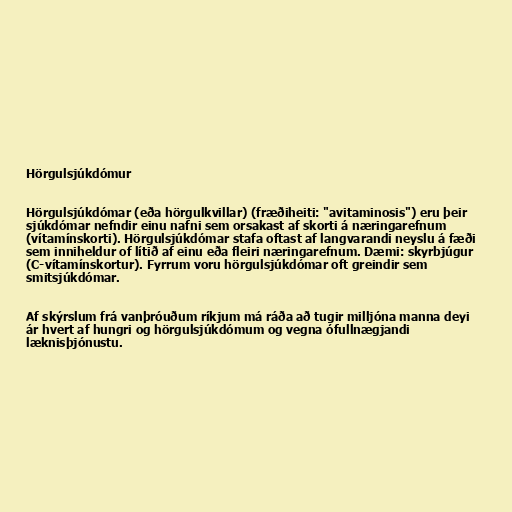
Hörgulsjúkdómur

Hörgulsjúkdómar (eða hörgulkvillar) (fræðiheiti: "avitaminosis") eru þeir
sjúkdómar nefndir einu nafni sem orsakast af skorti á næringarefnum
(vítamínskorti). Hörgulsjúkdómar stafa oftast af langvarandi neyslu á fæði
sem inniheldur of lítið af einu eða fleiri næringarefnum. Dæmi: skyrbjúgur
(C-vítamínskortur). Fyrrum voru hörgulsjúkdómar oft greindir sem
smitsjúkdómar.

Af skýrslum frá vanþróuðum ríkjum má ráða að tugir milljóna manna deyi
ár hvert af hungri og hörgulsjúkdómum og vegna ófullnægjandi
læknisþjónustu.